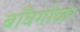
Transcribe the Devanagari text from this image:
बाँबगोळा